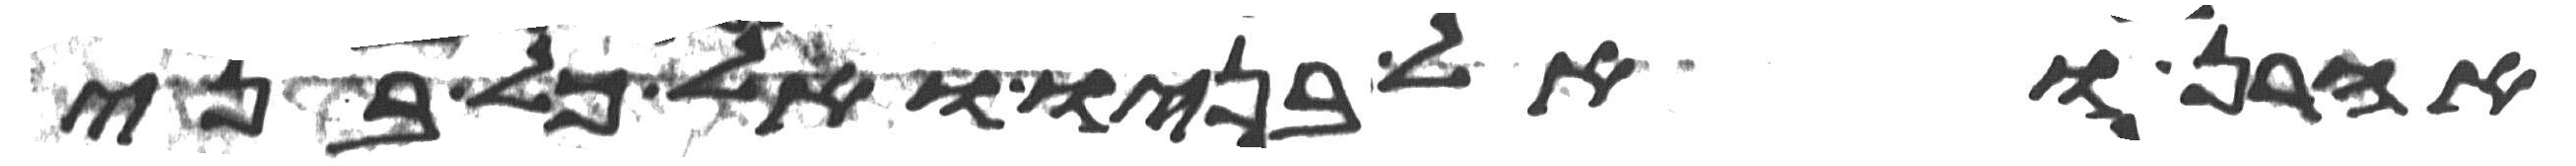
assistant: אהרן ואל בניו ואל כל בני